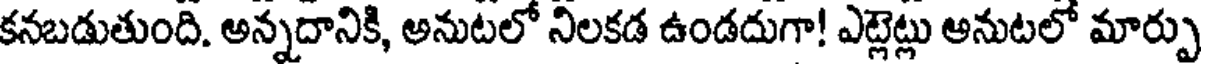
కనబడుతుంది. అన్నదానికి, అనుటలో నిలకడ ఉండదుగా! ఎట్లెట్లు అనుటలో మార్పు